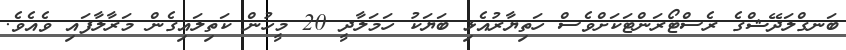
ބަނގްލަދޭޝްގެ ރެސްޓޯރަންޓަކަށްވެސް ހަތިޔާރުއެޅި ބަޔަކު ހަމަލާދީ 20 މީހުން ކަތިލައިގެން މަރާލާފައި ވެއެވެ.